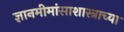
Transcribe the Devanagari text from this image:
ज्ञानमीमांसाशास्त्राच्या